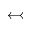
\leftarrowtail